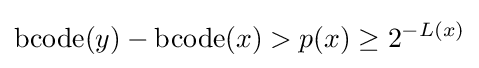
\operatorname {bcode} (y)-\operatorname {bcode} (x)>p(x)\geq 2^{-L(x)}